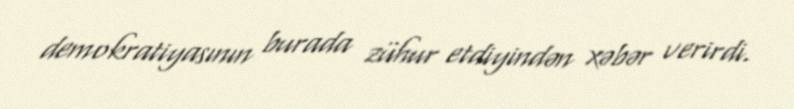
demokratiyasının burada zühur etdiyindən xəbər verirdi.